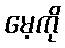
မေ့ကို